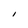
Character: I